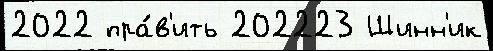
2022 пра́в'ить 202223 Шинн'ик